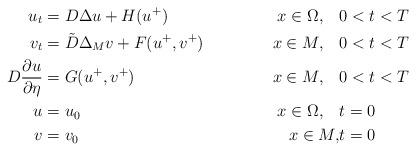
LaTeX: \begin{align*} u_t&= D\Delta u+H(u^{+}) & x\in \Omega, \quad&0<t<T\\ v_t&=\tilde D\Delta_{M} v+F(u^{+},v^{+})& x\in M,\quad& 0<t<T\\ D\frac{\partial u}{\partial \eta}&=G(u^{+},v^{+}) & x\in M, \quad&0<t<T\\u&=u_0 &x\in\Omega ,\quad& t=0\\ v&=v_0 & x\in M ,&t=0\end{align*}